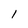
Character: l